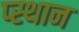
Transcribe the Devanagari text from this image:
प्स्थान